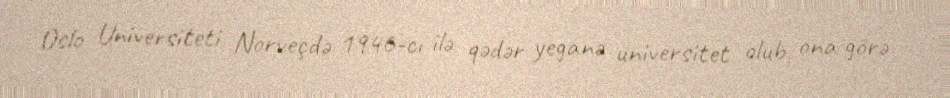
Oslo Universiteti Norveçdə 1946-cı ilə qədər yeganə universitet olub, ona görə